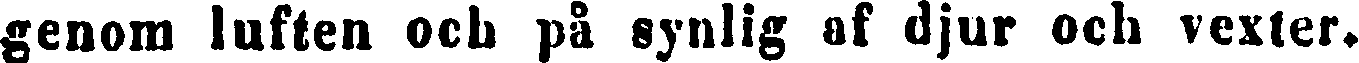
genom luften ock på synlig af djur ock vexter.